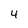
Character: 4